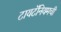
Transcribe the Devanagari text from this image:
टायटॅनियमची